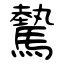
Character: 驇